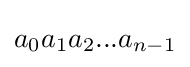
a_{0}a_{1}a_{2}...a_{n-1}